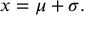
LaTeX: x = \mu + \sigma .